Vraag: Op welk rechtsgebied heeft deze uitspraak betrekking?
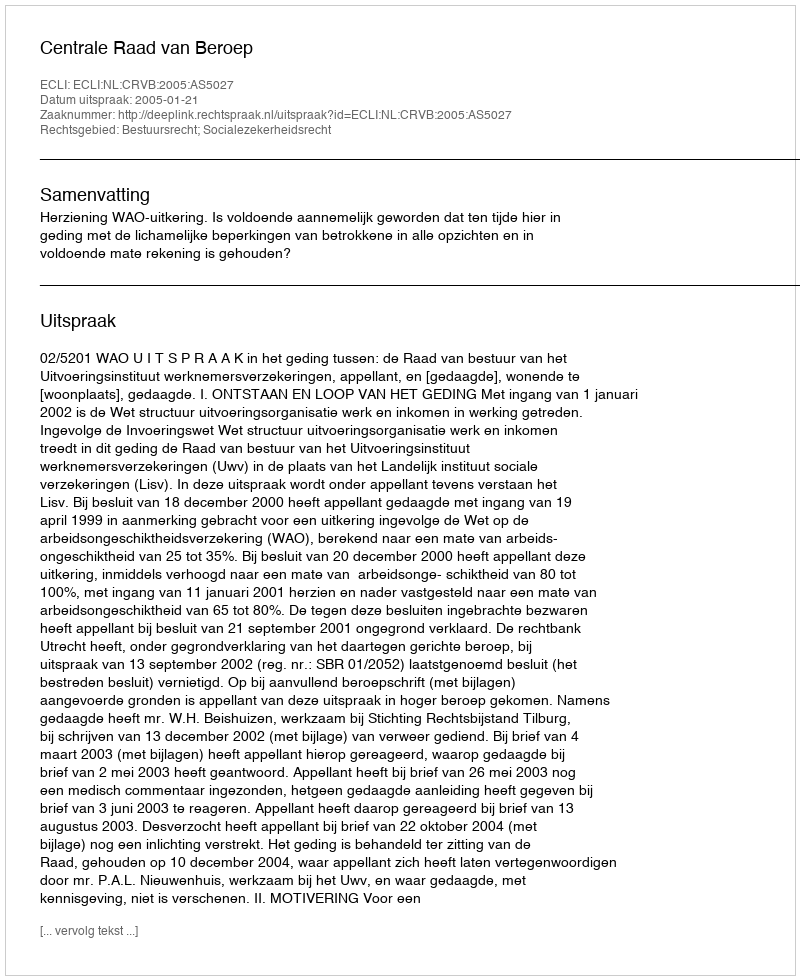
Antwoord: Bestuursrecht; Socialezekerheidsrecht